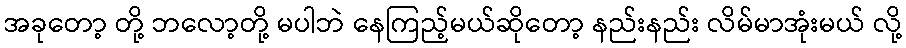
အခုတော့ တို့ ဘလော့တို့ မပါဘဲ နေကြည့်မယ်ဆိုတော့ နည်းနည်း လိမ်မာအုံးမယ် လို့